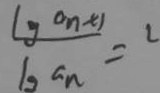
\frac { \lg a _ { n } + 1 } { \lg a _ { n } } = 2